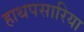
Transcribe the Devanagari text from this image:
हाथपसारिया